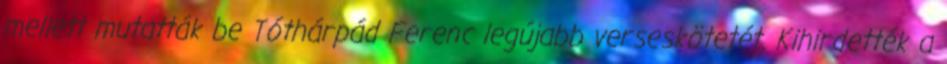
mellett mutatták be Tóthárpád Ferenc legújabb verseskötetét. Kihirdették a